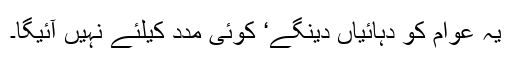
یہ عوام کو دہائیاں دینگے‘ کوئی مدد کیلئے نہیں آئیگا۔